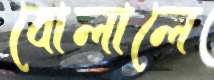
বোলালে